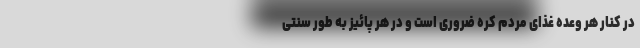
در کنار هر وعده غذای مردم کره ضروری است و در هر پائیز به طور سنتی